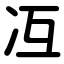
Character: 冱